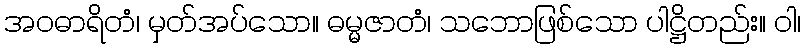
အဝဓာရိတံ၊ မှတ်အပ်သော။ ဓမ္မဇာတံ၊ သဘောဖြစ်သော ပါဋ္ဌိတည်း။ ဝါ၊